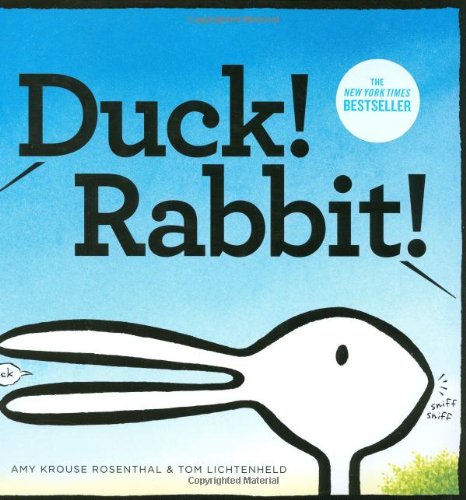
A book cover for Duck! Rabbit!; Amy Krouse Rosenthal; Christian Books & Bibles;